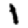
Digit: 1